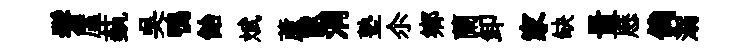
髣廑蓺吳鴨飴斌蘆畝涓塾尒鄕蘭卸家缺量厯倘溺